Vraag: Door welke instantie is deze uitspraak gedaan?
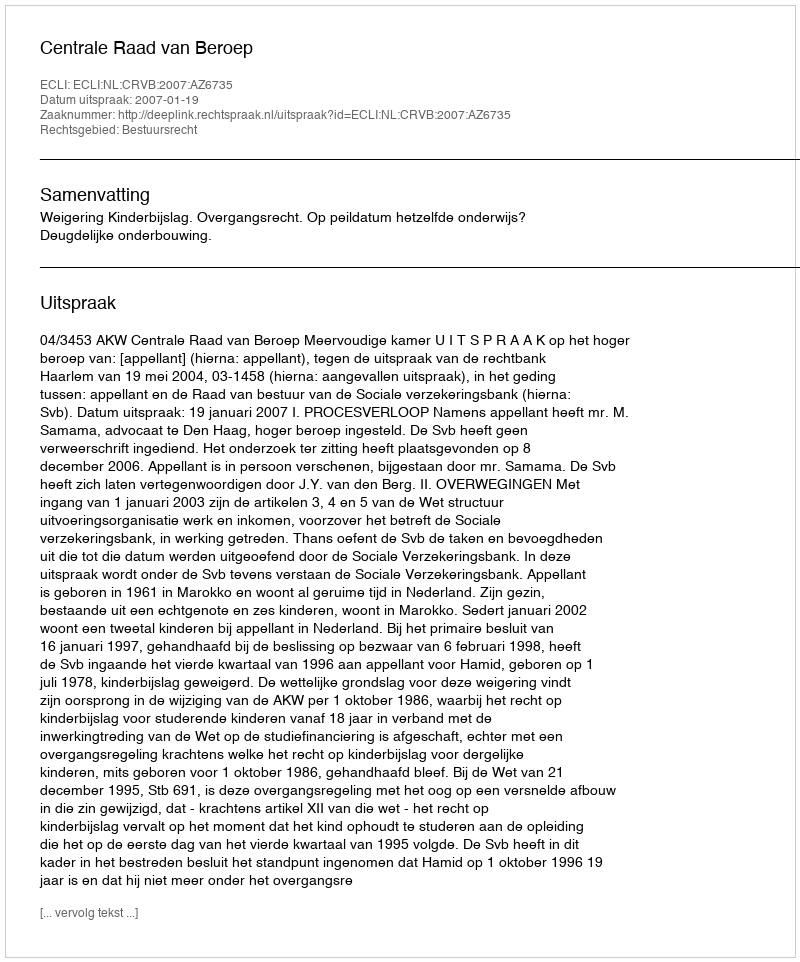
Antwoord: Centrale Raad van Beroep